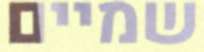
שמיים